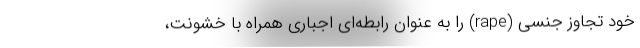
خود تجاوز جنسی (rape) را به عنوان رابطه‌ای اجباری همراه با خشونت،